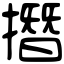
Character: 撍